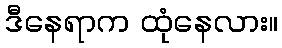
ဒီနေရာက ထုံနေလား။